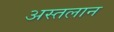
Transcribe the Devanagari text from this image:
अस्तलान